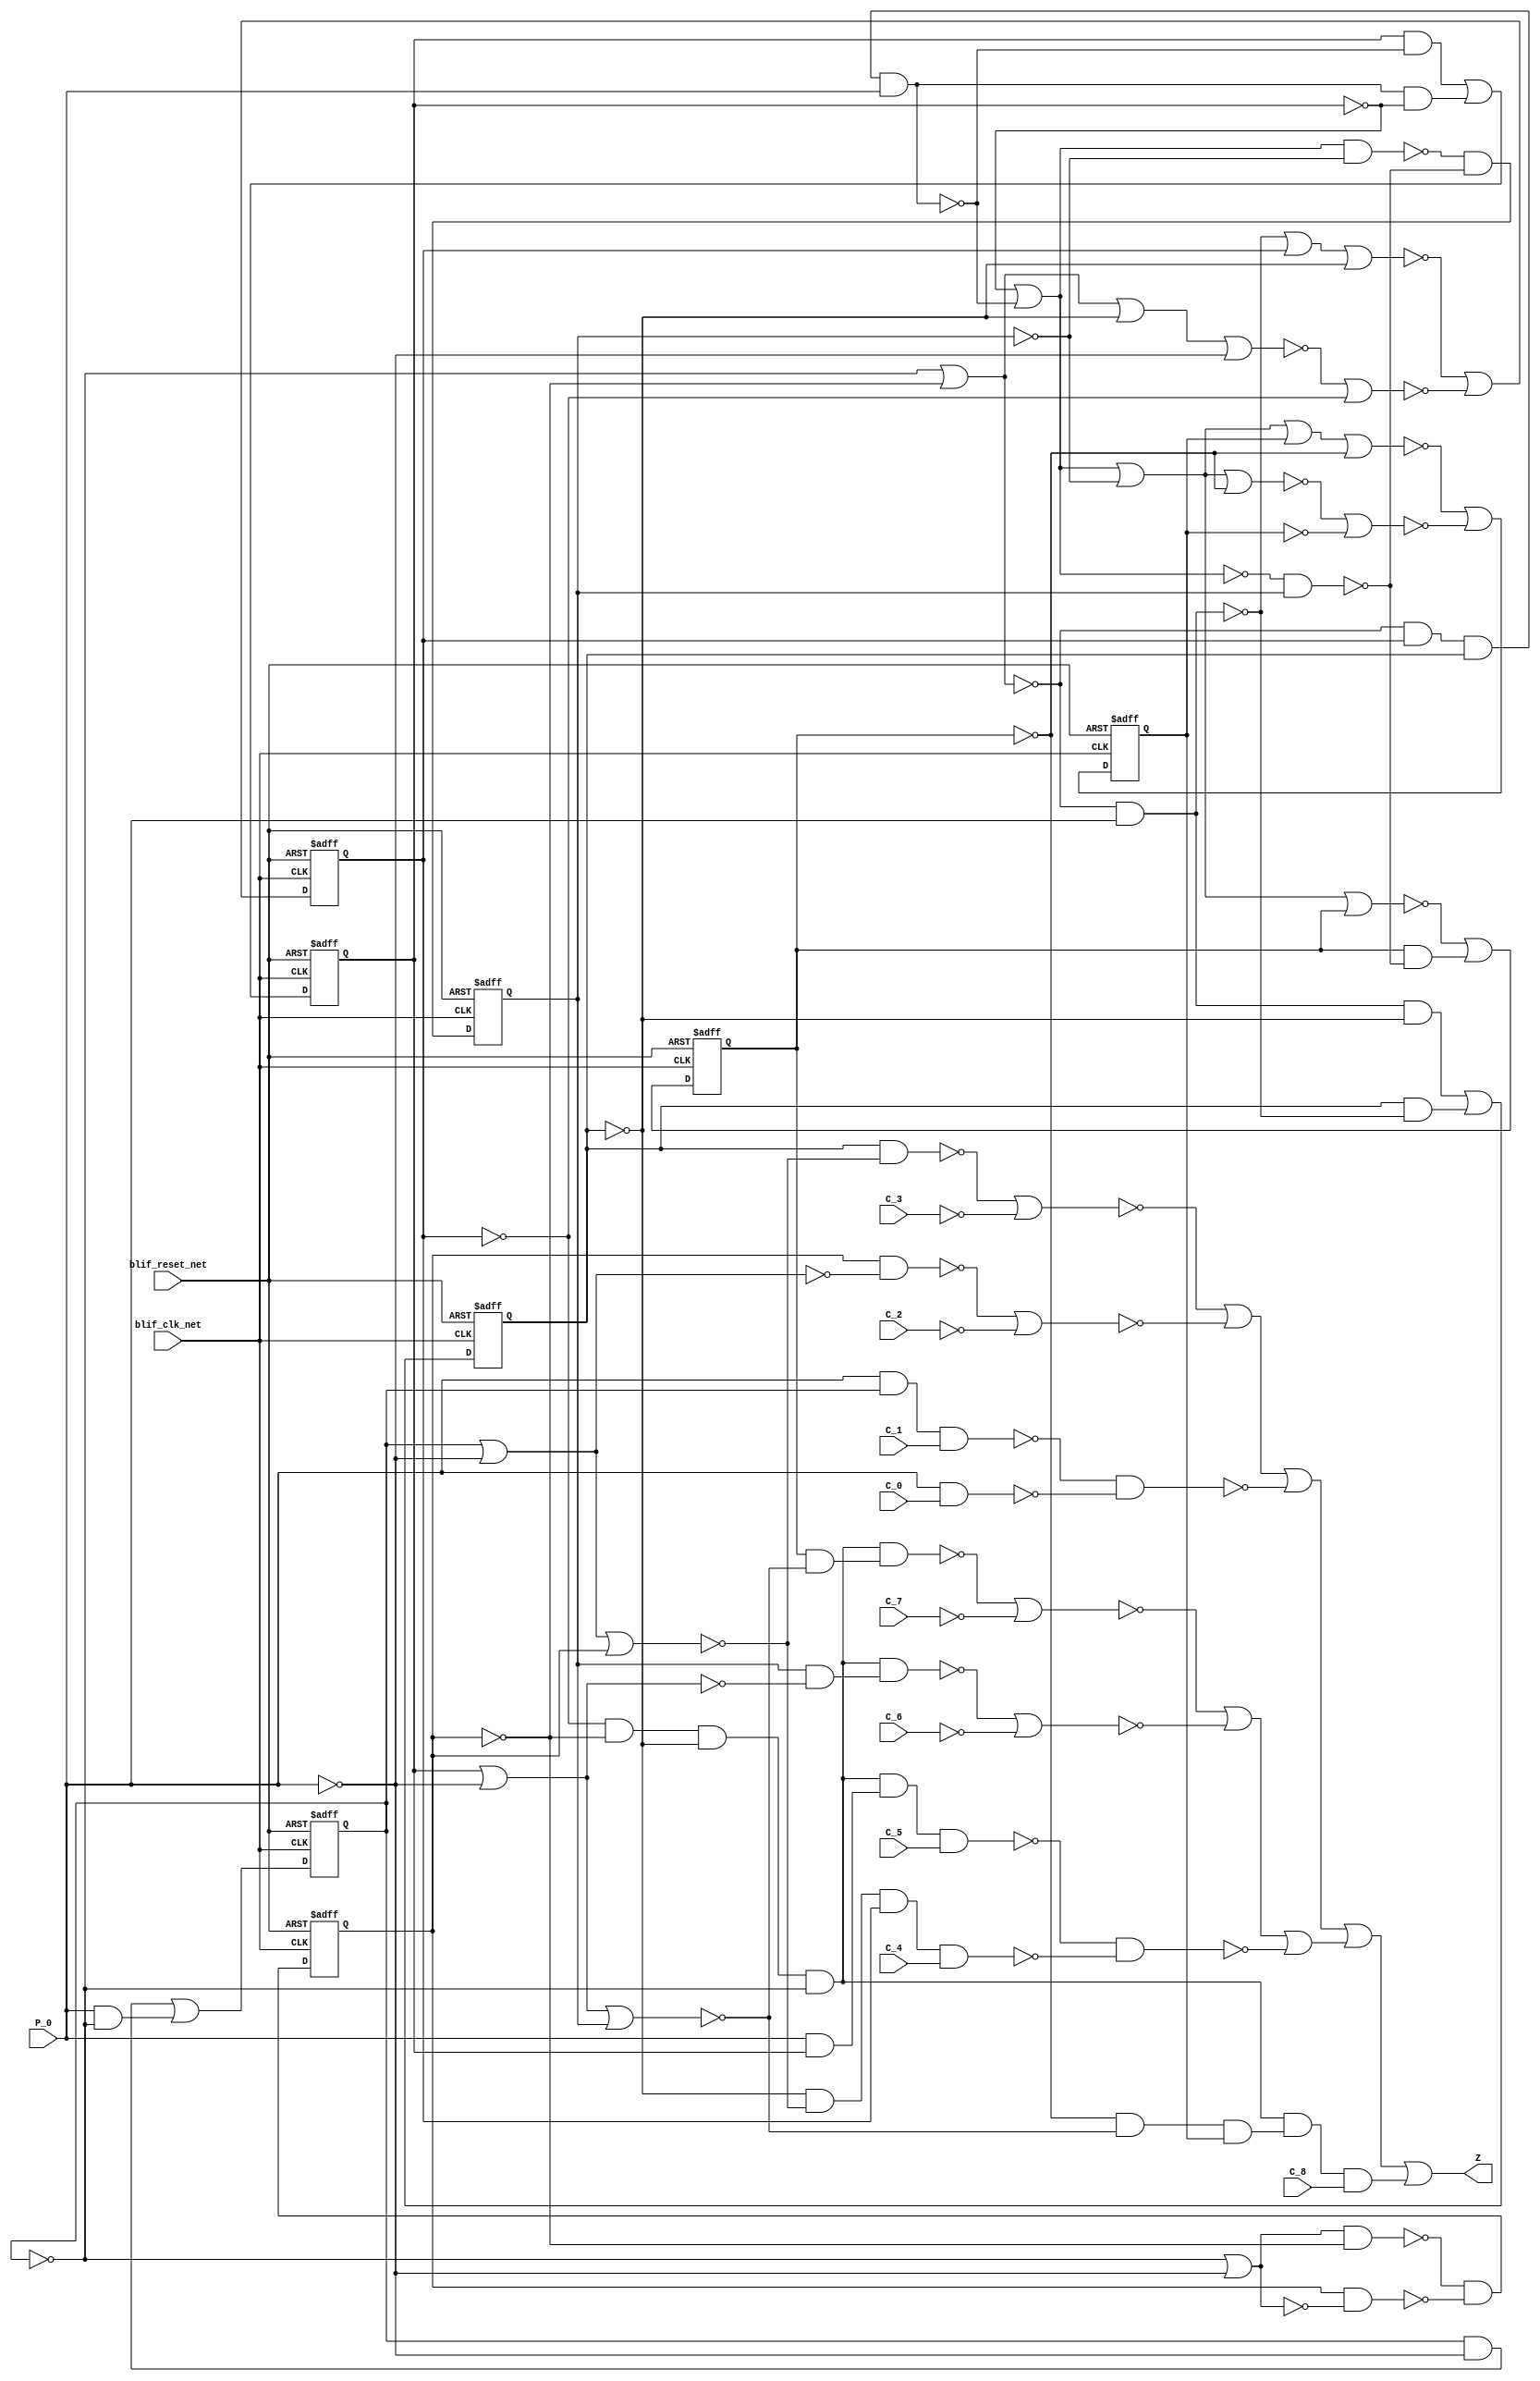
module s208_1_bench(
  blif_clk_net,
  blif_reset_net,
  P_0,
  C_8,
  C_7,
  C_6,
  C_5,
  C_4,
  C_3,
  C_2,
  C_1,
  C_0,
  Z);
input blif_clk_net;
input blif_reset_net;
input P_0;
input C_8;
input C_7;
input C_6;
input C_5;
input C_4;
input C_3;
input C_2;
input C_1;
input C_0;
output Z;
reg X_4;
reg X_3;
reg X_2;
reg X_1;
reg X_8;
reg X_7;
reg X_6;
reg X_5;
wire P_3;
wire I88_1;
wire I12;
wire I307;
wire I170_1;
wire I88_3;
wire I213;
wire P_7;
wire I191_1;
wire P_8;
wire I113;
wire I315_2;
wire I214;
wire I7_2;
wire I50;
wire I69;
wire I311;
wire I105_4;
wire I295_1;
wire I73_2;
wire I269_1;
wire I149;
wire I319_2;
wire I225;
wire I224;
wire I182_4;
wire I68;
wire P_1;
wire I205_2;
wire I242;
wire I88_4;
wire I251;
wire I7_1;
wire I314;
wire I319_1;
wire I206_2;
wire I222;
wire I244;
wire I15;
wire P_2;
wire I62;
wire I243;
wire I215;
wire I110;
wire I287;
wire I290;
wire I310;
wire I286;
wire I241;
wire I182_3;
wire P_4;
wire I164;
wire I283;
wire I240;
wire I188_1;
wire I163;
wire I291_2;
wire I209_1;
wire I182_2;
wire I282;
wire I49;
wire I249;
wire I111;
wire I64;
wire I70_1;
wire I252;
wire I208_2;
wire I148;
wire I167_1;
wire I270_3;
wire I207_2;
wire I270_2;
wire I269_2;
wire I295_2;
wire I212;
wire I162;
wire I73_1;
wire I291_1;
wire I306;
wire P_6;
wire I2_1;
wire I105_1;
wire I105_2;
wire I165;
wire I95_1;
wire I13;
wire I1_2;
wire I66;
wire I105_3;
wire I7_4;
wire I315_1;
wire I7_3;
wire I88_2;
wire I159;
wire I14;
wire P_5;
wire I182_1;
wire I73_3;
wire I112;
wire I73_4;
wire I216;
wire I161;
wire I48;
always @(posedge blif_clk_net or posedge blif_reset_net)
  if(blif_reset_net == 1)
    X_4 <= 0;
  else
    X_4 <= I12;
always @(posedge blif_clk_net or posedge blif_reset_net)
  if(blif_reset_net == 1)
    X_3 <= 0;
  else
    X_3 <= I13;
always @(posedge blif_clk_net or posedge blif_reset_net)
  if(blif_reset_net == 1)
    X_2 <= 0;
  else
    X_2 <= I14;
always @(posedge blif_clk_net or posedge blif_reset_net)
  if(blif_reset_net == 1)
    X_1 <= 0;
  else
    X_1 <= I15;
always @(posedge blif_clk_net or posedge blif_reset_net)
  if(blif_reset_net == 1)
    X_8 <= 0;
  else
    X_8 <= I110;
always @(posedge blif_clk_net or posedge blif_reset_net)
  if(blif_reset_net == 1)
    X_7 <= 0;
  else
    X_7 <= I111;
always @(posedge blif_clk_net or posedge blif_reset_net)
  if(blif_reset_net == 1)
    X_6 <= 0;
  else
    X_6 <= I112;
always @(posedge blif_clk_net or posedge blif_reset_net)
  if(blif_reset_net == 1)
    X_5 <= 0;
  else
    X_5 <= I113;
assign P_3 = ((~I215)&(~I222));
assign I88_1 = ((~X_1));
assign I12 = ((~I70_1))|((~I62));
assign I170_1 = (I165)|(X_7);
assign I307 = ((~P_7));
assign I88_3 = (X_1&I88_2);
assign I213 = ((~X_1));
assign I191_1 = (I164&X_6);
assign P_7 = (I209_1&I207_2);
assign P_8 = (I209_1&I208_2);
assign I113 = (I182_3)|(I182_4);
assign I315_2 = (I306)|(I310);
assign I214 = ((~X_2));
assign I7_2 = ((~X_2));
assign I50 = ((~X_3));
assign I69 = ((~I64)&(~I48));
assign I105_4 = (X_6&I105_1);
assign I311 = ((~C_7));
assign I295_1 = (P_1&C_1);
assign I73_2 = ((~X_3));
assign I269_1 = ((~I291_1))|((~I291_2))|((~I290));
assign I149 = ((~X_6));
assign I319_2 = (P_4&C_4);
assign I225 = ((~I224));
assign I224 = ((~I213))|((~P_0));
assign I182_4 = (I1_2&I182_1);
assign I68 = ((~I69));
assign P_1 = ((~I212)&(~I213));
assign I205_2 = ((~I240)&(~I241));
assign I242 = ((~X_6));
assign I88_4 = (P_0&I88_1);
assign I251 = ((~I241))|((~P_0));
assign I7_1 = ((~I66));
assign I314 = ((~I319_1)&(~I319_2));
assign I319_1 = (P_5&C_5);
assign I222 = ((~I225))|((~I214));
assign I206_2 = ((~I242)&(~I251));
assign I244 = ((~X_8));
assign I15 = (I88_3)|(I88_4);
assign I62 = ((~I95_1))|((~X_4));
assign P_2 = ((~I214)&(~I224));
assign I243 = ((~X_7));
assign I215 = ((~X_3));
assign I110 = ((~I167_1))|((~I159));
assign I287 = ((~C_3));
assign I290 = ((~I295_1)&(~I295_2));
assign I310 = ((~C_6));
assign I286 = ((~C_2));
assign I182_3 = (X_5&I182_2);
assign I241 = ((~X_5));
assign P_4 = ((~X_3)&(~I222)&(~I216));
assign I164 = ((~I163));
assign I240 = ((~P_0));
assign I283 = ((~P_3));
assign I188_1 = (I163)|(I149)|(I148);
assign I163 = ((~X_5))|((~I1_2));
assign I291_2 = (I282)|(I286);
assign I209_1 = ((~X_4)&(~X_2)&(~X_3)&(~X_1));
assign Z = (I270_2)|(I270_3);
assign I182_2 = ((~I1_2));
assign I282 = ((~P_2));
assign I49 = ((~X_4));
assign I249 = ((~I252))|((~I242));
assign I111 = ((~I170_1))|((~I161));
assign I64 = ((~X_1))|((~X_2));
assign I70_1 = (I68)|(X_4)|(I50);
assign I252 = ((~I251));
assign I208_2 = ((~X_7)&(~I249)&(~I244));
assign I148 = ((~X_7));
assign I167_1 = (I165)|(X_8)|(I148);
assign I270_3 = (P_8&C_8);
assign I207_2 = ((~I243)&(~I249));
assign I270_2 = (I269_1)|(I269_2);
assign I269_2 = ((~I315_1))|((~I315_2))|((~I314));
assign I295_2 = (P_0&C_0);
assign I212 = ((~P_0));
assign I162 = ((~I148)&(~I191_1));
assign I73_1 = ((~I69));
assign I291_1 = (I283)|(I287);
assign I2_1 = ((~I64)&(~I49)&(~I50));
assign P_6 = (I209_1&I206_2);
assign I306 = ((~P_6));
assign I105_2 = ((~X_6));
assign I105_1 = ((~I163));
assign I165 = ((~I164))|((~X_6));
assign I95_1 = (I64)|(I50)|(I48);
assign I1_2 = (I2_1&P_0);
assign I13 = (I73_3)|(I73_4);
assign I66 = ((~X_1))|((~P_0));
assign I105_3 = (I163&I105_2);
assign I7_4 = (X_2&I7_1);
assign I315_1 = (I307)|(I311);
assign I88_2 = ((~P_0));
assign I7_3 = (I66&I7_2);
assign I159 = ((~I188_1))|((~X_8));
assign I14 = ((~I7_3)&(~I7_4));
assign P_5 = (I209_1&I205_2);
assign I182_1 = ((~X_5));
assign I73_3 = (I69&I73_2);
assign I112 = ((~I105_3)&(~I105_4));
assign I73_4 = (X_3&I73_1);
assign I161 = ((~I162));
assign I48 = ((~P_0));
assign I216 = ((~X_4));
endmodule